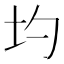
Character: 圴